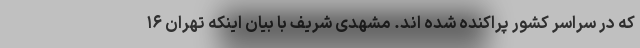
که در سراسر کشور پراکنده شده اند. مشهدی شریف با بیان اینکه تهران ۱۶